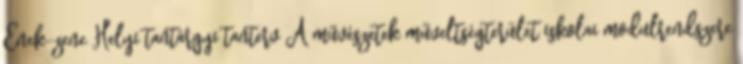
Ének-zene Helyi tantárgyi tanterv A művészetek műveltségterület iskolai modulrendszere